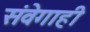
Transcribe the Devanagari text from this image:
संवेगाही